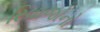
રિવાજોનો